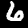
Digit: 6